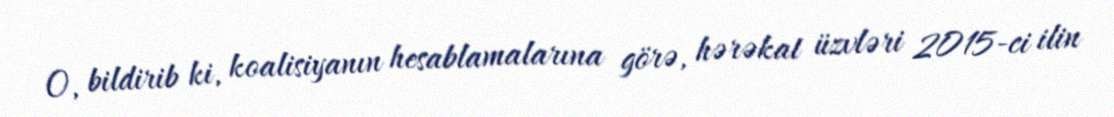
O, bildirib ki, koalisiyanın hesablamalarına görə, hərəkat üzvləri 2015-ci ilin